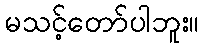
မသင့်တော်ပါဘူး။